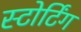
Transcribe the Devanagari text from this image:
स्टोर्टिंग